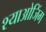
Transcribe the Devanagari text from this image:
श्याओजिंग